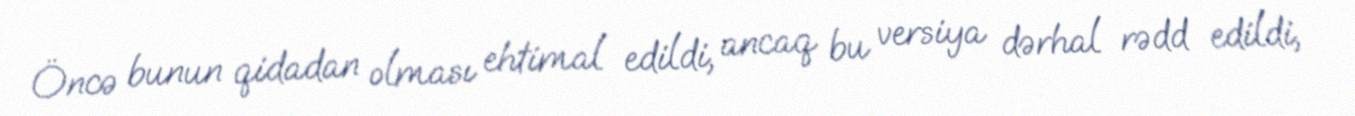
Öncə bunun qidadan olması ehtimal edildi, ancaq bu versiya dərhal rədd edildi,